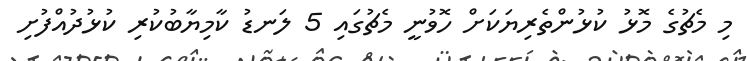
މި މެޗުގެ މޮޅު ކުޅުންތެރިޔަކަށް ހޮވުނީ މެޗުގައި 5 ލަނޑު ކާމިޔާބުކުރި ކުޅުދުއްފުށި